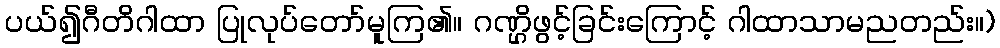
ပယ်၍ဂီတိဂါထာ ပြုလုပ်တော်မူကြ၏။ ဂဏ္ဌိဖွင့်ခြင်းကြောင့် ဂါထာသာမညတည်း။)